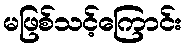
မဖြစ်သင့်ကြောင်း